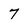
Character: 7